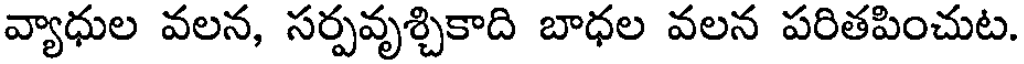
వ్యాధుల వలన, సర్పవృశ్చికాది బాధల వలన పరితపించుట.